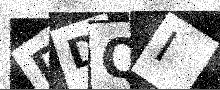
Text: DDQI